Indian journal of veterinary science and animal husbandry - Volumes 22-23, 1952-1953
Year: 1952
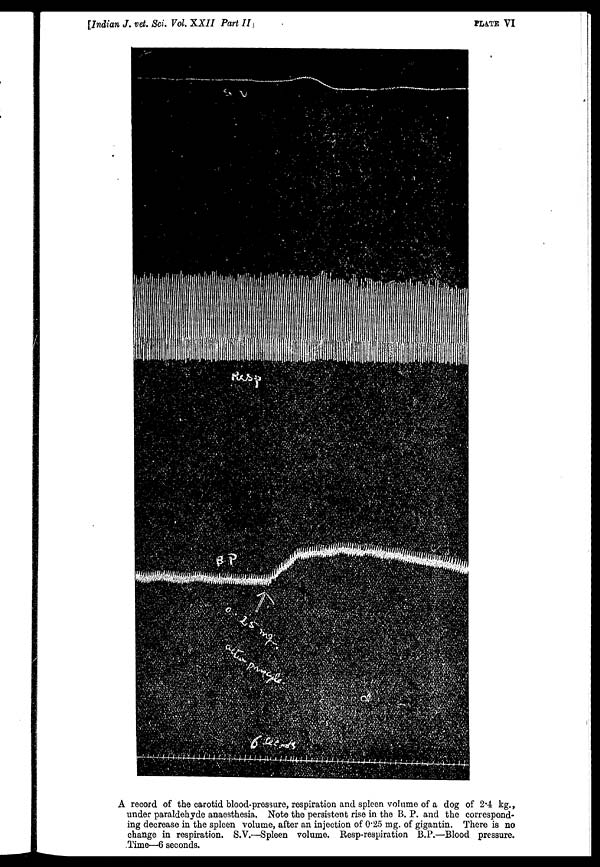
[Indian J. vet. Sci. Vol. XXII Part II
PLATE VI
A record of the carotid blood-pressure, respiration and spleen volume of a dog of 2.4 kg.,
under paraldehyde anaesthesia. Note the persistent rise in the B. P. and the correspond-
ing decrease in the spleen volume, after an injection of 0.25 mg. of gigantin. There is no
change in respiration. S.V.—Spleen volume. Resp-respiration B.P.—Blood pressure.
Time—6 seconds.